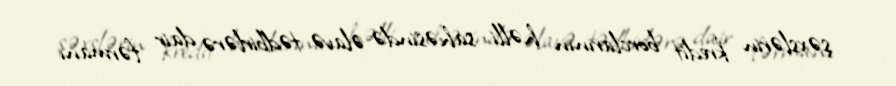
şəxslərin kredit borclarının həlli sahəsində əlavə tədbirlərə dair fərmanı